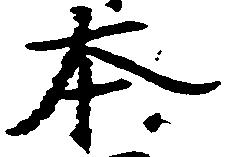
本